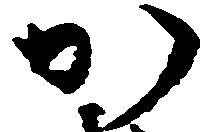
か